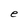
Character: e